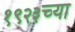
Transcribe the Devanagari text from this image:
१९२३च्या